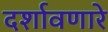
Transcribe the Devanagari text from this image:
दर्शावणारे